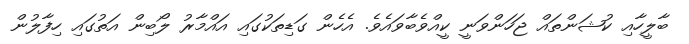
ބާލީހާއި ކުޝަންތައް ޖަހަންވަނީ ކީއްވެބާވައެވެ. އެހެން ގަޑިތަކުގައި އައްމާރު ލޯބިން އަތުގައި ހިފާލުން